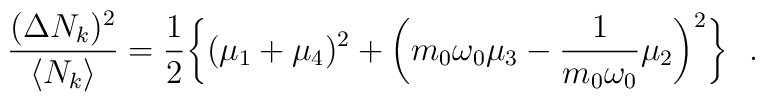
{(\Delta N_k)^2 \over \langle N_k \rangle} = {1\over		2} \biggl\{ (\mu_1 + \mu_4)^2 + \biggl( m_0\omega_0		\mu_3 - {1\over m_0 \omega_0} \mu_2\biggr) ^2		\biggr\} \ \ .